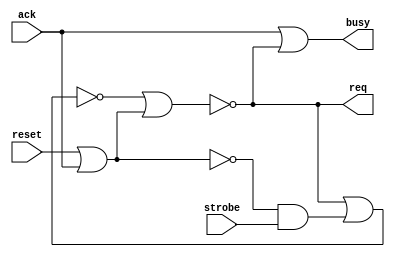
module async_4phase_handshake_master (
    input wire ack,
    output wire busy,
    output wire req,
    input wire reset,
    input wire strobe
);

assign busy = ack | req;

/*
 * The implementation is a very simple SR latch.
 *
 *      S (strobe)   R (ack)        Q (req)
 *      -----------------------------------
 *               0         0      No Change
 *               0         1              0
 *               1         0              1
 *               1         1  Scary Badness
 *
 * Note: The scary badness should not happen due to proper combinational logic.
 */
wire s = ~r & strobe; // block the strobe signal if we are in reset or if ack is asserted
wire r = reset | ack; // IMPORTANT: the reset puts the SR latch into a known state
wire q_n = ~(q | s);
wire q = ~(q_n | r);
assign req = q;

endmodule